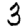
Digit: 3